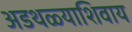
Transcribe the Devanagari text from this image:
अडथळ्याशिवाय